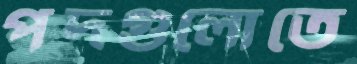
পদগুলোতে